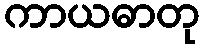
ကာယဓာတု